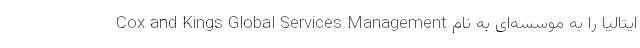
ایتالیا را به موسسه‌ای به نام Cox and Kings Global Services Management